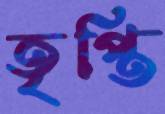
তৃপ্তি